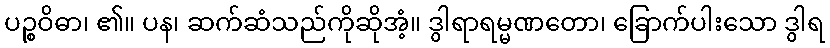
ပဉ္စဝိဓာ၊ ၏။ ပန၊ ဆက်ဆံသည်ကိုဆိုအံ့။ ဒွါရာရမ္မဏတော၊ ခြောက်ပါးသော ဒွါရ